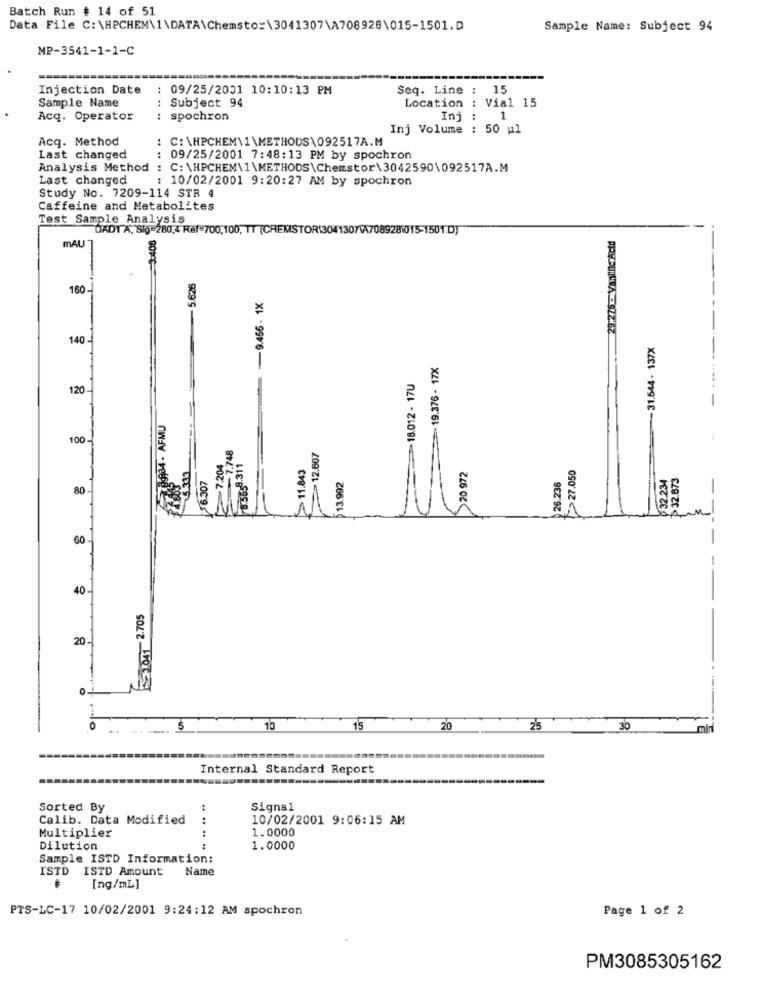
Batch Run # 14 of 51
Data File C:\HPCHEM\1\DATA\Chemsto:\3041307\A708928\015-1501.D
Sample Name: Subject 94
MP-3541-1-1-C
Injection Date
: 09/25/2001 10:10:13 PM
Seq. Line : 15
Sample Name
: Subject 94
Location : Vial 15
Acq. Operator
: spochron
Inj : 1
Inj Volume : 50 ul
Acq. Method
: C: \HPCHEM\1\METHODS\092517A.M
Last changed
09/25/2001 7:48:13 PM by spochron
Analysis Method : C: \HPCHEM\1\METHODS\Chemstor\3042590\092517A.M
Last changed
: 10/02/2001 9:20:27 AM by spochron
Study No. 7209-114 STR 4
Caffeine and Metabolites
Test Sample Analysis
DADY"A, Si)=280,4 Ref=700,100, TT (CHEMSTOR 3041307VA708928\015-1501.D)
3.408
29.276 - VanillicAcid
mAU
-5.626
160
-9.455 - 1X
140
-31.544- 137X
19.376 - 17X
18.012-17U
120
2934 - AFMU
100-
7.748
12.507
7.204
78.5658.311
11.843
>20 972
27.050
26.238
¥32.234
32.673
56.307
13.992
80
60
40
For 2.705
20
0
0
$
10
15
20
2'5
30
Internal Standard Report
Sorted By
Signal
Calib. Data Modified
10/02/2001 9:06:15 AM
Multiplier
:
1.0000
Dilution
1.0000
Sample ISTD Information:
ISTD ISTD Amount
Name
[ng/mL]
PTS-LC-17 10/02/2001 9:24:12 AM spochron
Page 1 of 2
PM3085305162